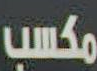
مكسب